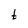
Character: t